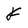
Character: f